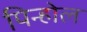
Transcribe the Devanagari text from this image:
पिन्होल